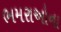
ભમરાઓના